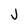
Character: J